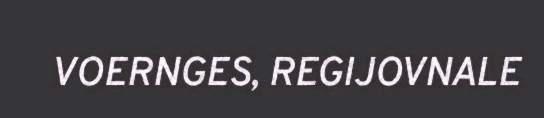
VOERNGES, REGIJOVNALE